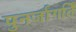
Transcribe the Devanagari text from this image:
पुनर्जागर्ति